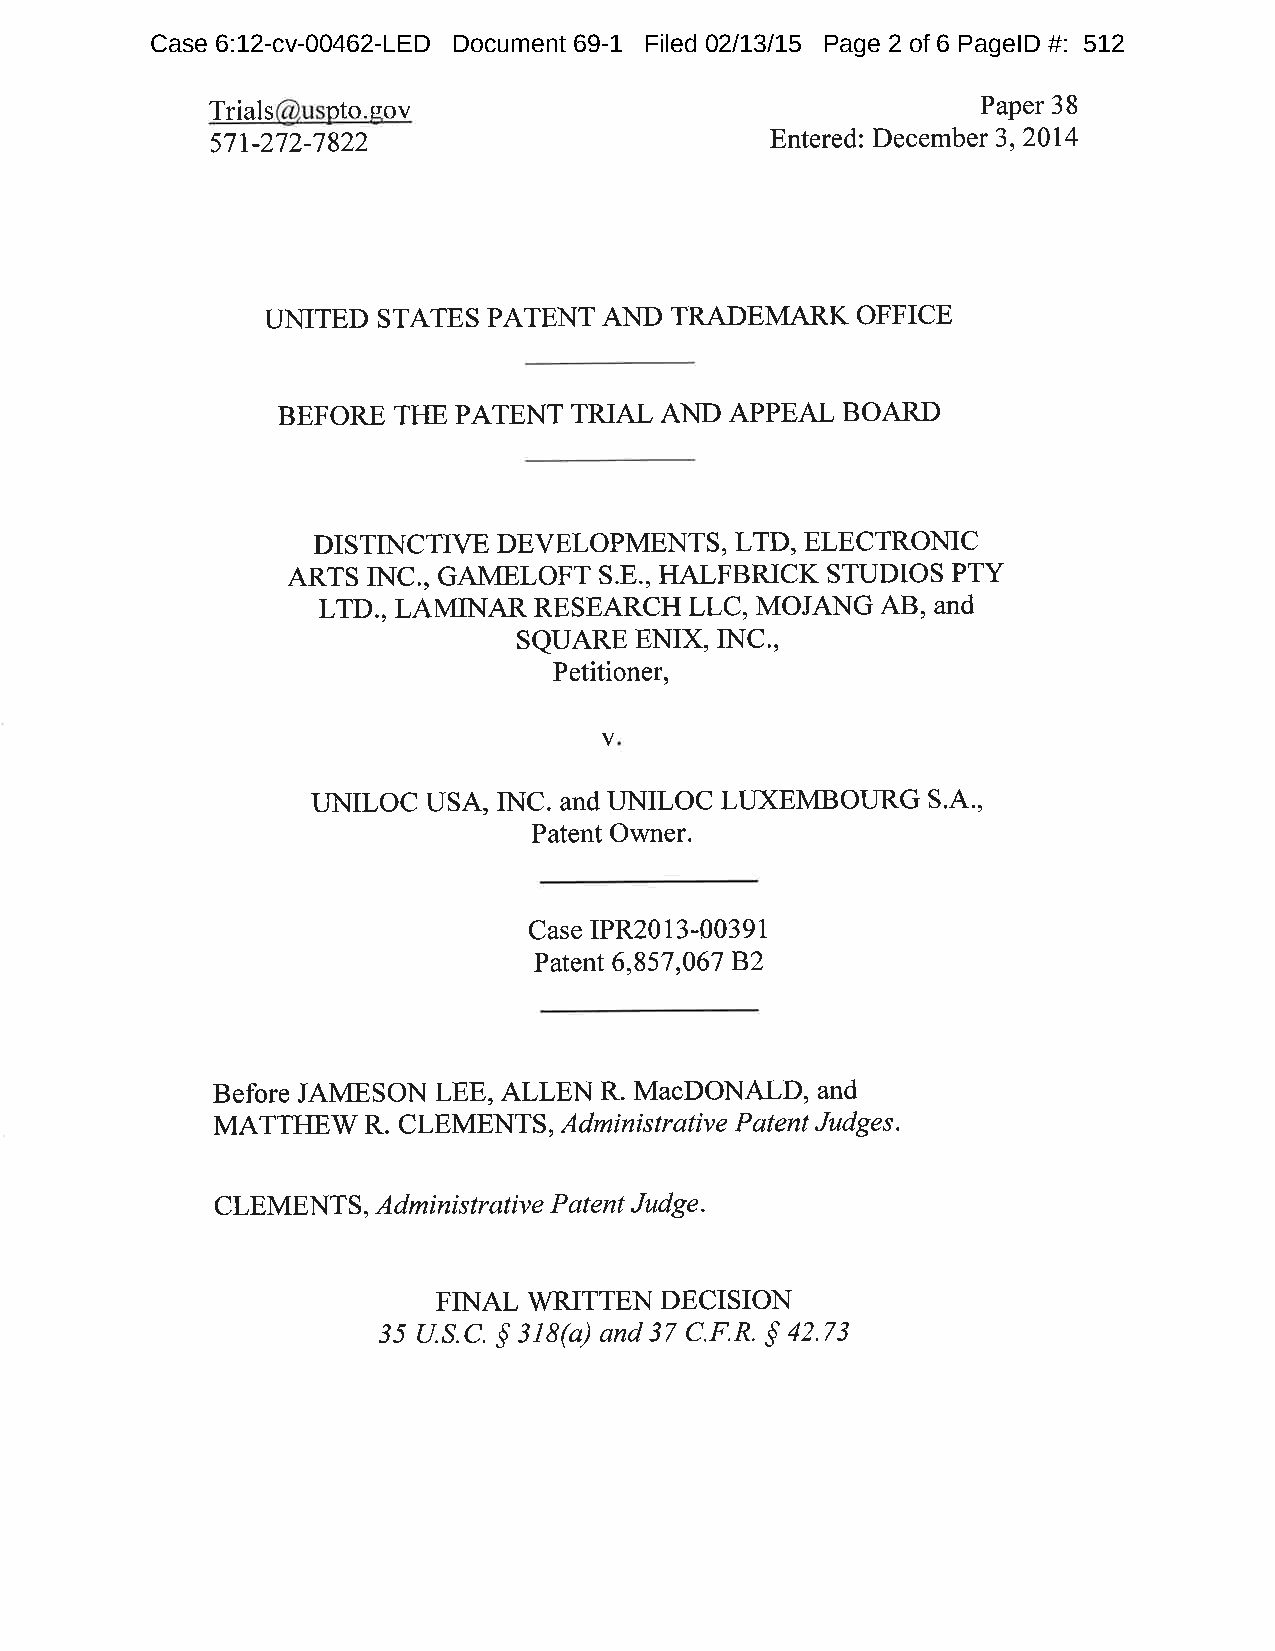
Case 6:12-cv-00462-LED Document 69-1 Filed 02/13/15 Page 2 of 6 PageID #: 512
 Trials  nto-sov                                    Paper 38
 571-272-7822                         Entered: December 3, 2014
 LINITED STATES PATENT AND TRADEMARK    OFFICE
 BEFORE  THE PATENT  TRIAL AND APPEAL  BOARD
 DISTINCTIVE DEVELOPMENTS,   LTD, ELECTRONIC
 ARTS INC., GAMELOFT  S.8., HALFBRICK STUDIOS PTY
 LTD., LAMINAR RESEARCH   LLC, MOJANG AB, ANd
 SQUARE  ENIX, INC.,
 Petitioner,
 V
 I-INILOC USA, INC. and UNILOC LIIXEMBOURG S.4.,
 Patent Owner.
 Case IPR2013-00391
 Patent 6,857,067 B2
 Before JAMESON LEE, ALLEN R. MacDONAID, and
 MATTHEW   R. CLEMENTS, Adminístrative Patent Judges.
 CLEMENTS,  Administrative P atent Judge.
 FINAL WRITTEN  DECISION
 ss U.S.C. $ 318(a) and 37 C.F.R. ç 42.7s